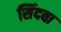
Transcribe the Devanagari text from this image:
सिंदवा